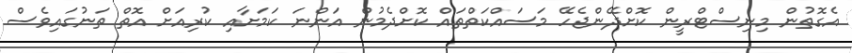
އެގޮތުން މިނިސްޓްރީން ކޮށްދޭންޖެހޭ މަސައްކަތްތައް ކޮށްދެމުން އަންނަ ކަމަށާއި ކުރިއަށް އޮތް ތަނުގައިވެސް